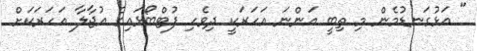
" އަޅުގަނޑުމެން މި ތިބީ އަންނަ އަހަރަކީ ދިވެހި ފުޓްބޯޅައިގެ އުޖާލާ އަހަރަކަށް